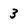
Character: 3